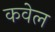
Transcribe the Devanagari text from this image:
कवेल